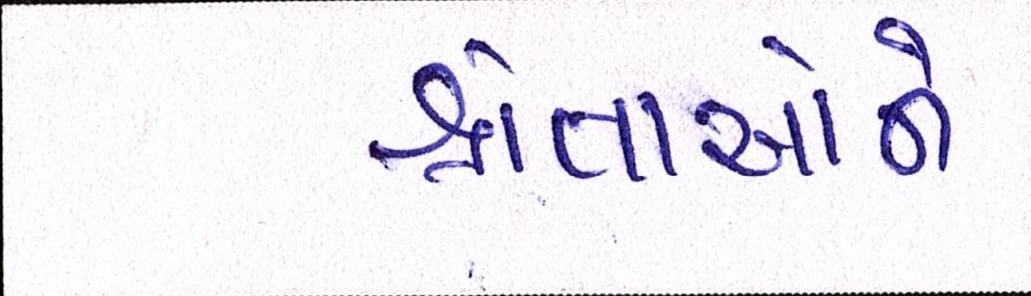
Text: શ્રોતાઓને